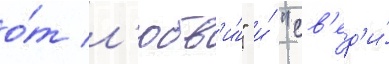
о́т л'юбв'и́" и́ "св'ед'и́